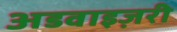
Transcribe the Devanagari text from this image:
अडवाइज़री